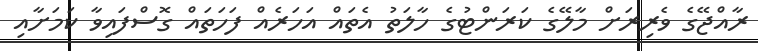
ރާއްޖޭގެ ވެރިރަށް މާލޭގެ ކަރަންޓުގެ ހާލަތު އެތައް އަހަރެއް ފަހަތައް ގޮސްފައިވާ ކަމަށާއި